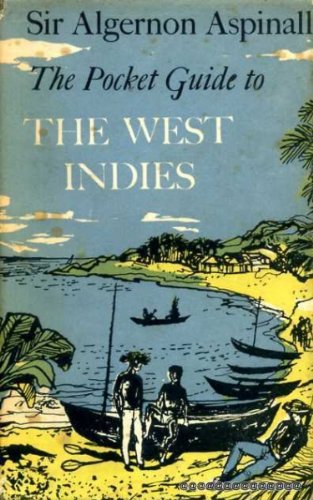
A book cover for The pocket guide to the West Indies and British Guyana: British Honduras, Bermuda, the Spanish Main, Surinam, the Panama Canal; Algernon Edward Aspinall; Travel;